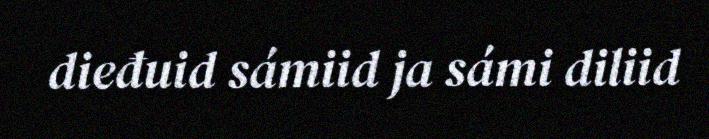
dieđuid sámiid ja sámi diliid